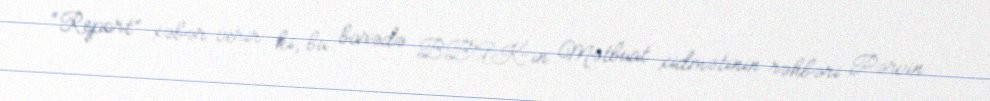
“Report” xəbər verir ki, bu barədə BBAK-ın Mətbuat xidmətinin rəhbəri Pərvin